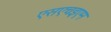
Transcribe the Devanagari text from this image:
एसएचइएम